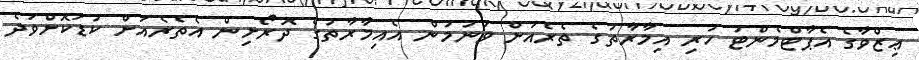
ޢިޒްވާގެ އެޕާޓްމެންޓު ހުރި އިމާރާތުގެ ތެރެއަށް ވަނުމުން އެއިމާރާތުގެ ދޮރޯށިން އެތެރެއަށް ކުޑަކޮށްވަދެ